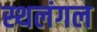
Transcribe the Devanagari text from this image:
स्थलंगल